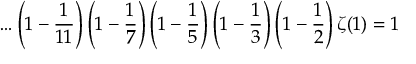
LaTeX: \ldots \left( 1 - { \frac { 1 } { 1 1 } } \right) \left( 1 - { \frac { 1 } { 7 } } \right) \left( 1 - { \frac { 1 } { 5 } } \right) \left( 1 - { \frac { 1 } { 3 } } \right) \left( 1 - { \frac { 1 } { 2 } } \right) \zeta ( 1 ) = 1